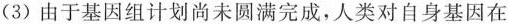
(3)由于基因组计划尚未圆满完成，人类对自身基因在